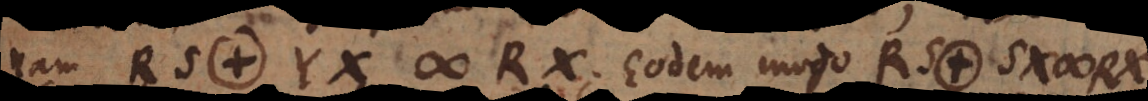
nam RS. YX # RX. Eodem modo RS. SX